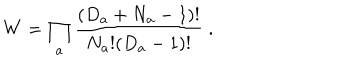
LaTeX: W = \prod _ { a } \frac { ( D _ { a } + N _ { a } - 1 ) ! } { N _ { a } ! ( D _ { a } - 1 ) ! } \; .